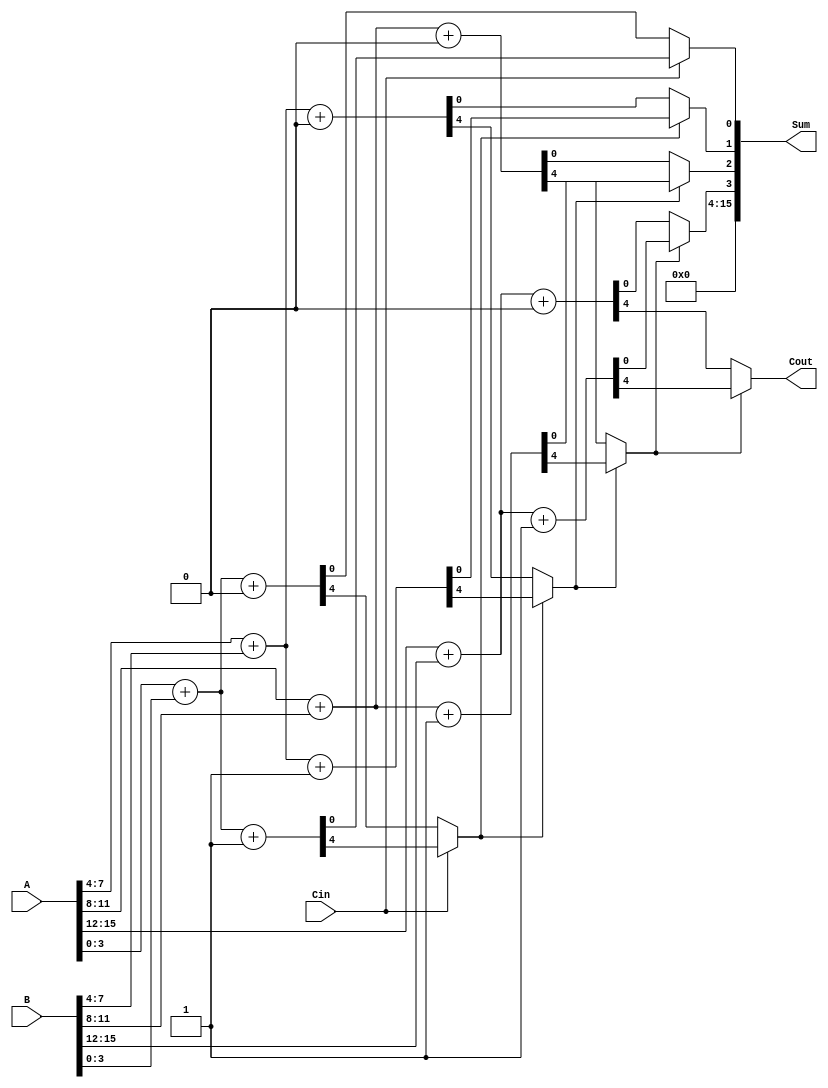
module hybrid_carry_select_adder (
    input [15:0] A,        // First 16-bit input
    input [15:0] B,        // Second 16-bit input
    input Cin,             // Carry-in
    output [15:0] Sum,     // 16-bit Sum output
    output Cout            // Carry-out
);

    wire [3:0] sum0 [3:0]; // Sums when Cin = 0
    wire [3:0] sum1 [3:0]; // Sums when Cin = 1
    wire [3:0] carry0 [3:0]; // Carries when Cin = 0
    wire [3:0] carry1 [3:0]; // Carries when Cin = 1
    wire [3:0] selected_sum; // Selected sum output
    wire [3:0] selected_carry; // Selected carry output

    // Generate sums and carries for each segment
    genvar i;
    generate
        for (i = 0; i < 4; i = i + 1) begin : segment
            // Calculate sum and carry for Cin = 0
            assign {carry0[i], sum0[i]} = A[i*4 +: 4] + B[i*4 +: 4] + 1'b0;
            // Calculate sum and carry for Cin = 1
            assign {carry1[i], sum1[i]} = A[i*4 +: 4] + B[i*4 +: 4] + 1'b1;
        end
    endgenerate

    // MUX to select the correct sum and carry based on the previous carry
    assign selected_sum[0] = (Cin) ? sum1[0] : sum0[0];
    assign selected_carry[0] = (Cin) ? carry1[0] : carry0[0];

    assign selected_sum[1] = (selected_carry[0]) ? sum1[1] : sum0[1];
    assign selected_carry[1] = (selected_carry[0]) ? carry1[1] : carry0[1];

    assign selected_sum[2] = (selected_carry[1]) ? sum1[2] : sum0[2];
    assign selected_carry[2] = (selected_carry[1]) ? carry1[2] : carry0[2];

    assign selected_sum[3] = (selected_carry[2]) ? sum1[3] : sum0[3];
    assign selected_carry[3] = (selected_carry[2]) ? carry1[3] : carry0[3];

    // Final outputs
    assign Sum = {selected_sum[3], selected_sum[2], selected_sum[1], selected_sum[0]};
    assign Cout = selected_carry[3];

endmodule